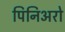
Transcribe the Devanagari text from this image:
पिनिअरो